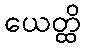
ယေတ္ထိ